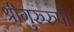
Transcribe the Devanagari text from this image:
श्रीगुरुरुपी